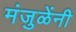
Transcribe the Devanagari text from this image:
मंजुळेंनी